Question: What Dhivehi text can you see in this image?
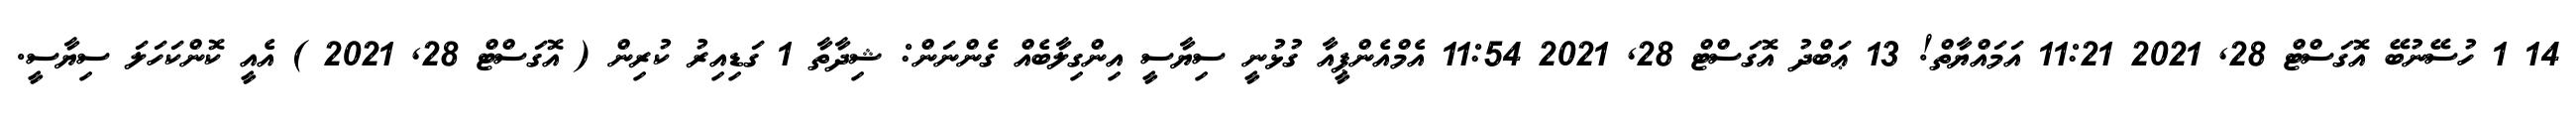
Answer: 14 1 ހުސޭނުބޭ އޮގަސްޓް 28, 2021 11:21 އަމައްޔާތް! 13 ޢަބްދު އޮގަސްޓް 28, 2021 11:54 އެމްއެންޕީއާ ގުޅުނީ ސިޔާސީ އިންގިލާބެއް ގެންނަން: ޝިދާތާ 1 ގަޑިއިރު ކުރިން ( އޮގަސްޓް 28, 2021 ) އެއީ ކޮންކަހަލަ ސިޔާސީ.